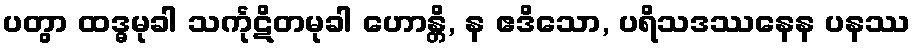
ပတွာ ထဒ္ဓမုခါ သင်္ကုဋိတမုခါ ဟောန္တိ, န ဧဒိသော, ပရိသဒဿနေန ပနဿ